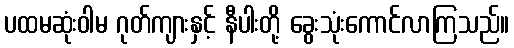
ပထမဆုံးဝါမ ဂုတ်ကျားနှင့် နီပါးတို့ ခွေးသုံးကောင်လာကြသည်။